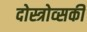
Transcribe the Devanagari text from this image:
दोस्त्रोव्सकी